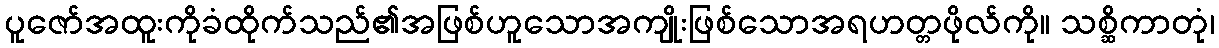
ပူဇော်အထူးကိုခံထိုက်သည်၏အဖြစ်ဟူသောအကျိုးဖြစ်သောအရဟတ္တဖိုလ်ကို။ သစ္ဆိကာတုံ၊